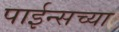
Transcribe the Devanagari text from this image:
पाईन्सच्या